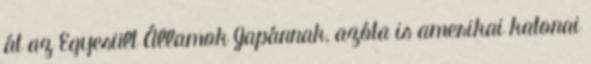
át az Egyesült Államok Japánnak, azóta is amerikai katonai